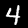
Label: 4